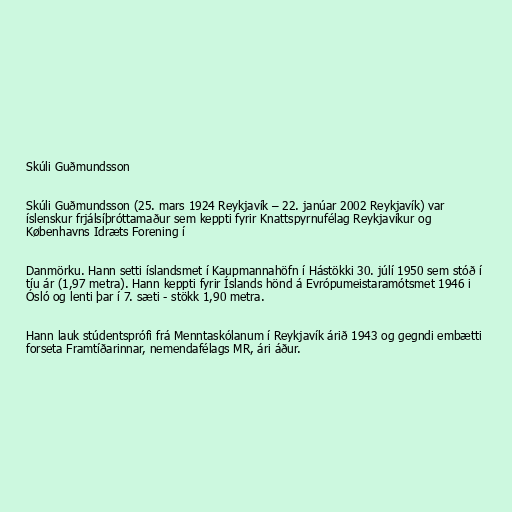
Skúli Guðmundsson

Skúli Guðmundsson (25. mars 1924 Reykjavík – 22. janúar 2002 Reykjavík) var
íslenskur frjálsíþróttamaður sem keppti fyrir Knattspyrnufélag Reykjavíkur og
Københavns Idræts Forening í

Danmörku. Hann setti íslandsmet í Kaupmannahöfn í Hástökki 30. júlí 1950 sem stóð í
tíu ár (1,97 metra). Hann keppti fyrir Íslands hönd á Evrópumeistaramótsmet 1946 i
Ósló og lenti þar í 7. sæti - stökk 1,90 metra.

Hann lauk stúdentsprófi frá Menntaskólanum í Reykjavík árið 1943 og gegndi embætti
forseta Framtíðarinnar, nemendafélags MR, ári áður.